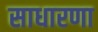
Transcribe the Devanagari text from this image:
साधारणा